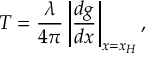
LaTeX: T = \frac { \lambda } { 4 \pi } \left\vert \frac { d g } { d x } \right\vert _ { x = x _ { H } } ,